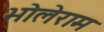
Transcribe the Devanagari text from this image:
भोलेराम